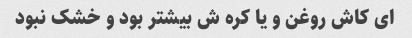
ای کاش روغن و یا کره ش بیشتر بود و خشک نبود